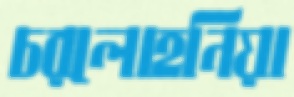
চরলোহনিয়া